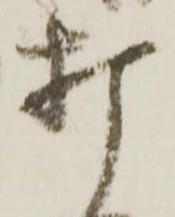
打